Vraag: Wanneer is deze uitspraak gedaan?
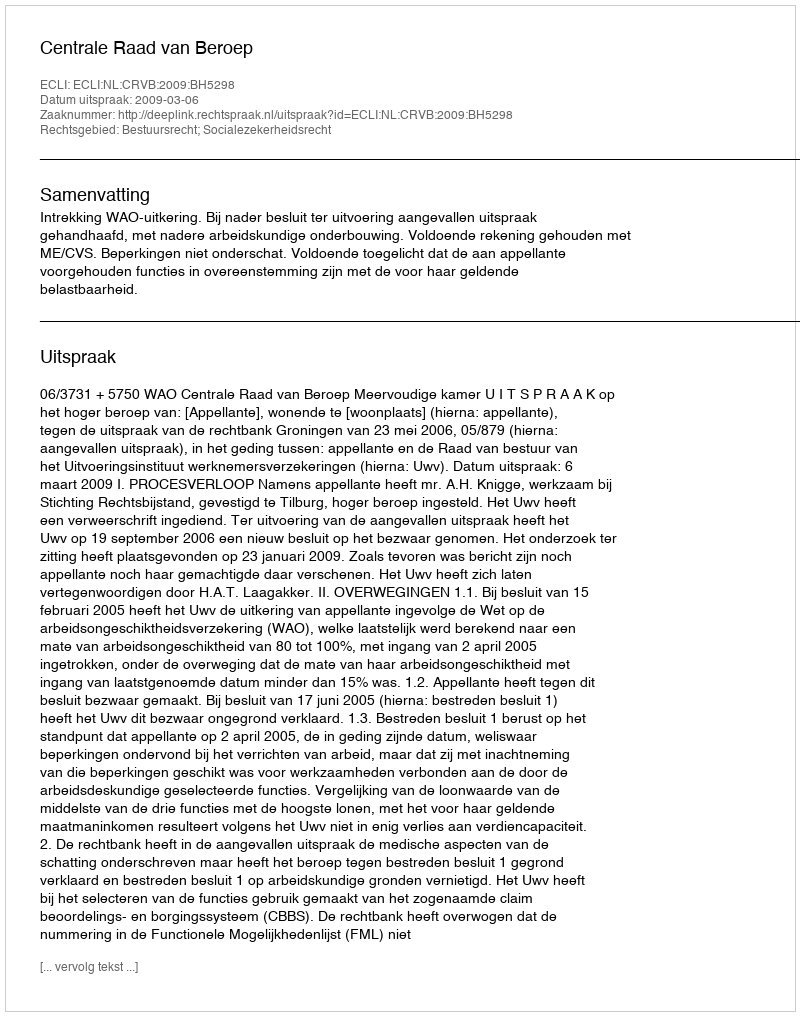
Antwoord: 2009-03-06